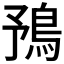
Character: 𩿗